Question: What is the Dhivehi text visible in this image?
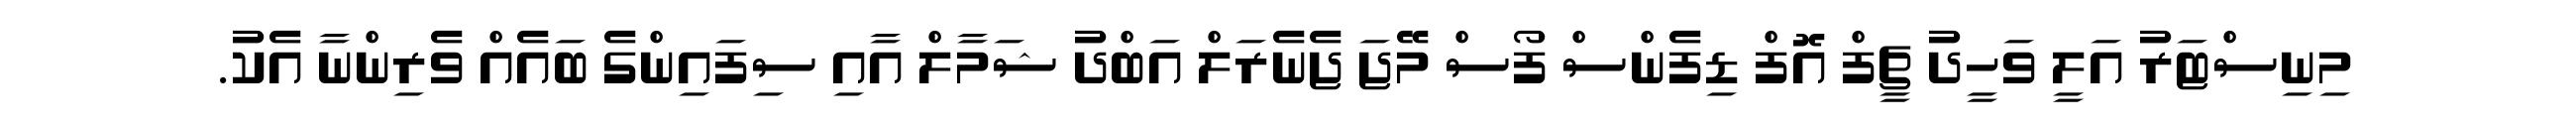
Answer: މިނިސްޓަރު އަލީ ވަހީދު ޗީފް އޮފް ޑިފެންސް ފޯސް މޭޖަ ޖެނެރަލް އަބްދު ޝަމާލް އާއި ސިފައިންގެ ބައެއް ވެރިންނާ އެކު.